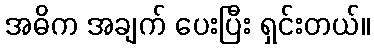
အဓိက အချက် ပေးပြီး ရှင်းတယ်။